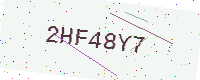
Text: 2HF48Y7